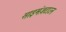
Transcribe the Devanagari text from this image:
साइमंज़टाउन